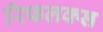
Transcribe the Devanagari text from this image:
रिफलक्स